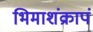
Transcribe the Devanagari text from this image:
भिमाशंक्रापं